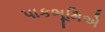
પાકભૂમિએ